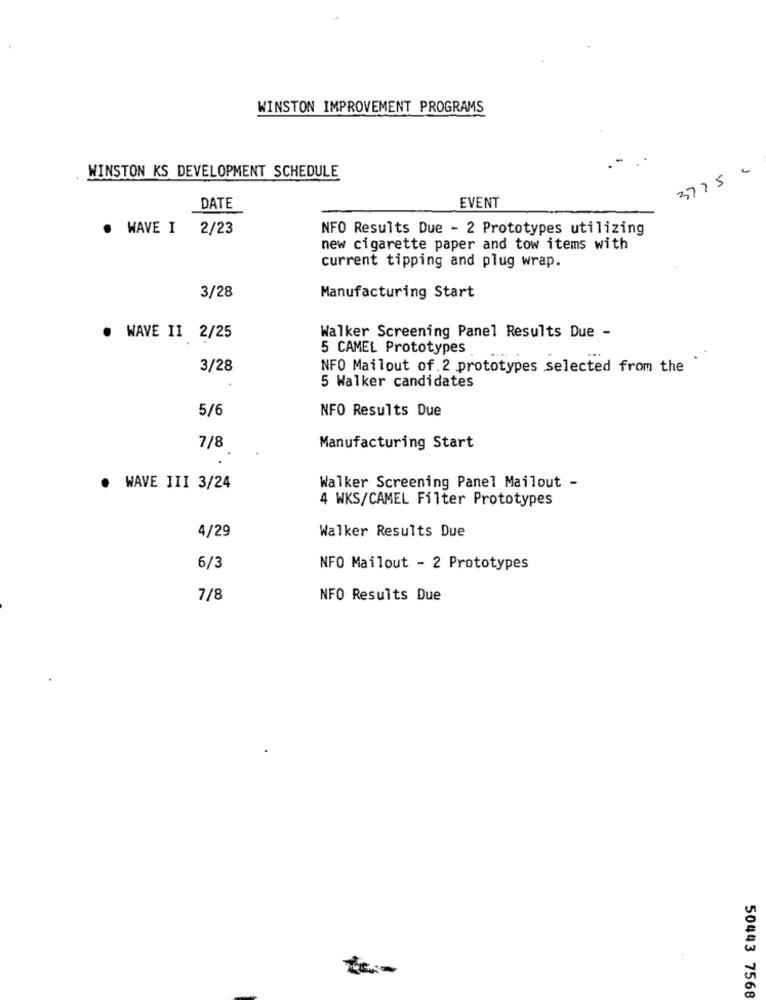
WINSTON IMPROVEMENT PROGRAMS
WINSTON KS DEVELOPMENT SCHEDULE
3775
DATE
EVENT
WAVE I
2/23
NFO Results Due - 2 Prototypes utilizing
new cigarette paper and tow items with
current tipping and plug wrap.
3/28
Manufacturing Start
WAVE II 2/25
Walker Screening Panel Results Due -
5 CAMEL Prototypes
3/28
NFO Mailout of.2 prototypes selected from the
5 Walker candidates
5/6
NFO Results Due
7/8
Manufacturing Start
WAVE JII 3/24
Walker Screening Panel Mailout -
4 WKS/CAMEL Filter Prototypes
4/29
Walker Results Due
6/3
NFO Mailout - 2 Prototypes
7/8
NFO Results Due
50443 7568